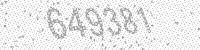
Solution: 649381